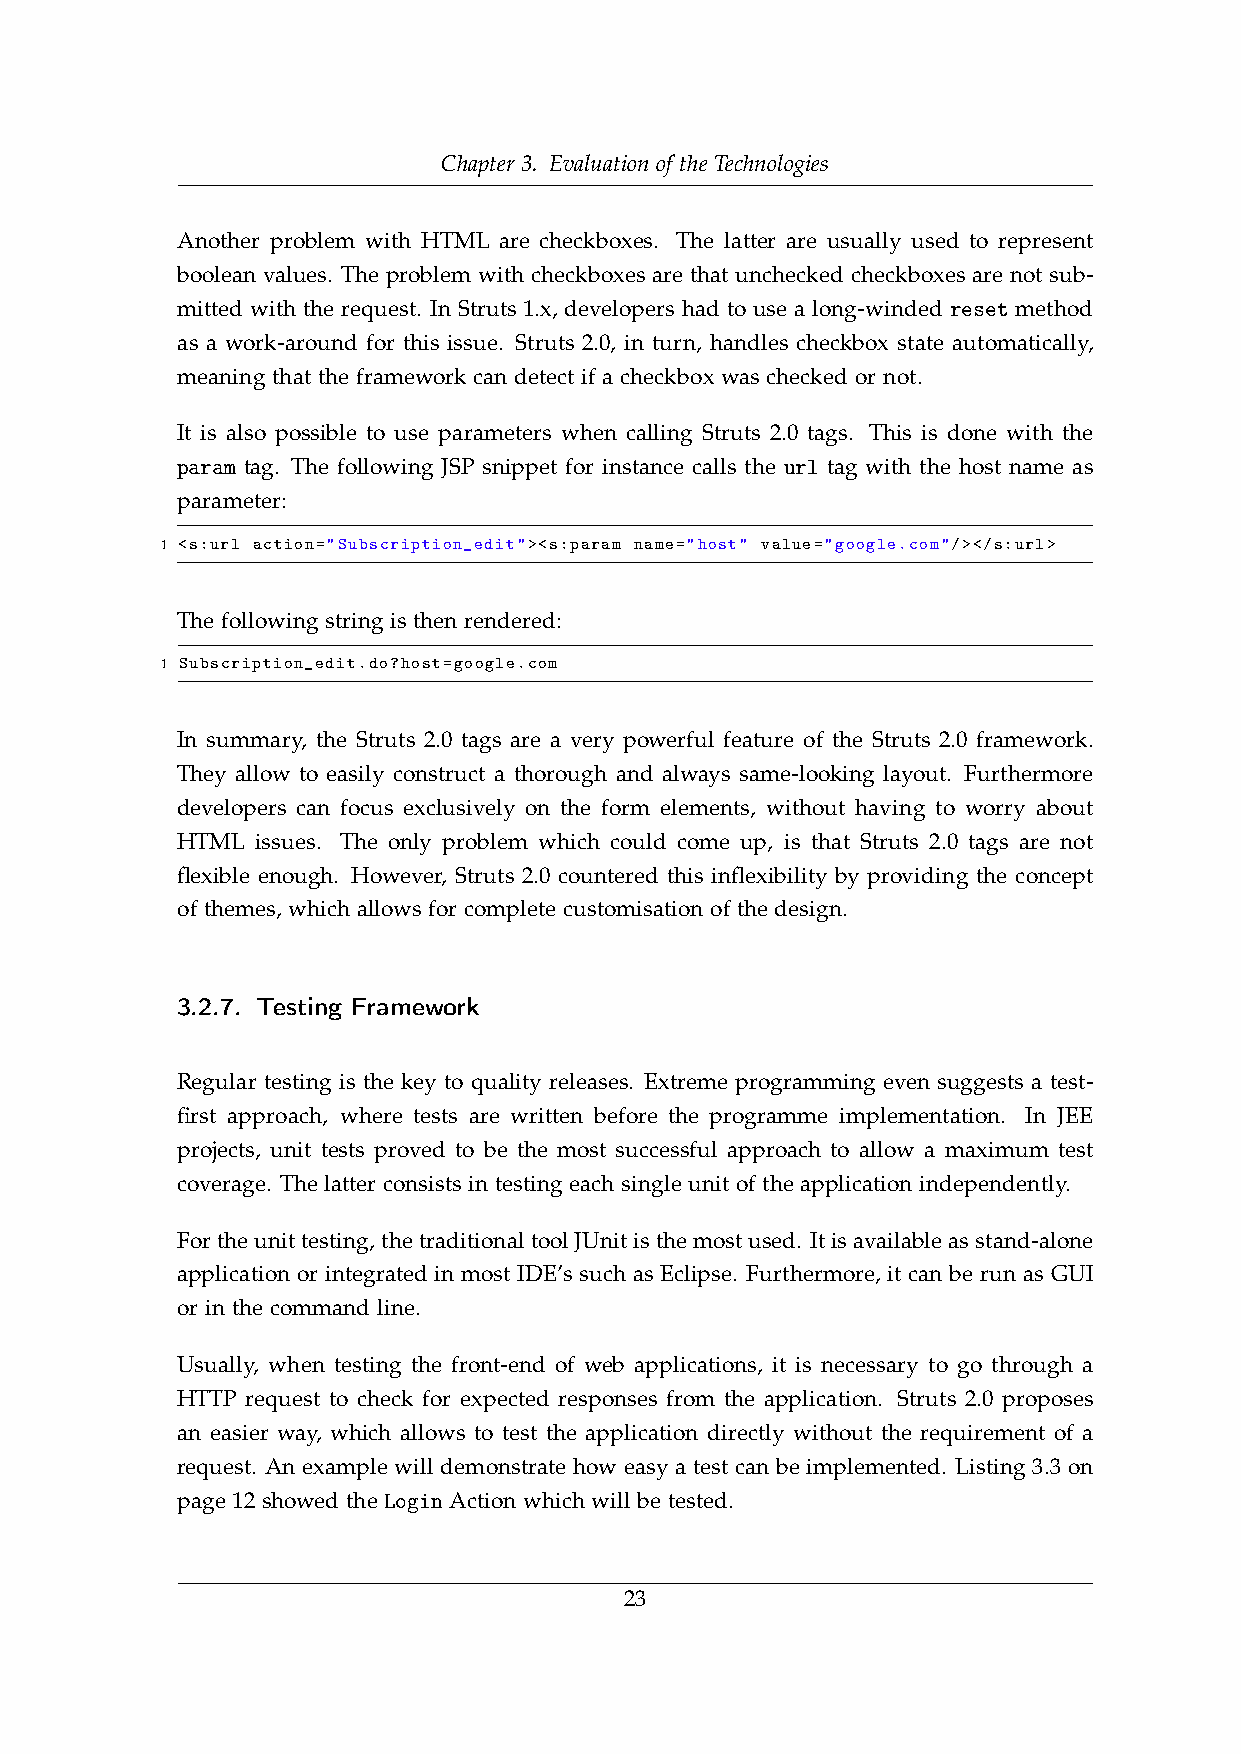
Chapter 3. Evaluation of the Technologies
 Another problem with HTML are checkboxes. The latter are usually used to represent
 boolean values. The problem with checkboxes are that unchecked checkboxes are not sub-
 mitted with the request. In Struts 1.x, developers had to use a long-winded reset method
 as a work-around for this issue. Struts 2.0, in turn, handles checkbox state automatically,
 meaning that the framework can detect if a checkbox was checked or not.
 It is also possible to use parameters when calling Struts 2.0 tags. This is done with the
 param tag. The following JSP snippet for instance calls the url tag with the host name as
 parameter:
 1 <s:url action="Subscription_edit"><s:param name="host" value="google.com"/></s:url>
 The following string is then rendered:
 1 Subscription_edit.do?host=google.com
 In summary, the Struts 2.0 tags are a very powerful feature of the Struts 2.0 framework.
 They allow to easily construct a thorough and always same-looking layout. Furthermore
 developers can focus exclusively on the form elements, without having to worry about
 HTML issues. The only problem which could come up, is that Struts 2.0 tags are not
 flexible enough. However, Struts 2.0 countered this inflexibility by providing the concept
 of themes, which allows for complete customisation of the design.
 3.2.7. Testing Framework
 Regular testing is the key to quality releases. Extreme programming even suggests a test-
 first approach, where tests are written before the programme implementation. In JEE
 projects, unit tests proved to be the most successful approach to allow a maximum test
 coverage. The latter consists in testing each single unit of the application independently.
 Fortheunittesting,thetraditionaltoolJUnitisthemostused. Itisavailableasstand-alone
 application or integrated in most IDE’s such as Eclipse. Furthermore, it can be run as GUI
 or in the command line.
 Usually, when testing the front-end of web applications, it is necessary to go through a
 HTTP request to check for expected responses from the application. Struts 2.0 proposes
 an easier way, which allows to test the application directly without the requirement of a
 request. An example will demonstrate how easy a test can be implemented. Listing 3.3 on
 page 12 showed the Login Action which will be tested.
 23